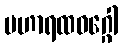
မဟာရထဝဂ္ဂေါ